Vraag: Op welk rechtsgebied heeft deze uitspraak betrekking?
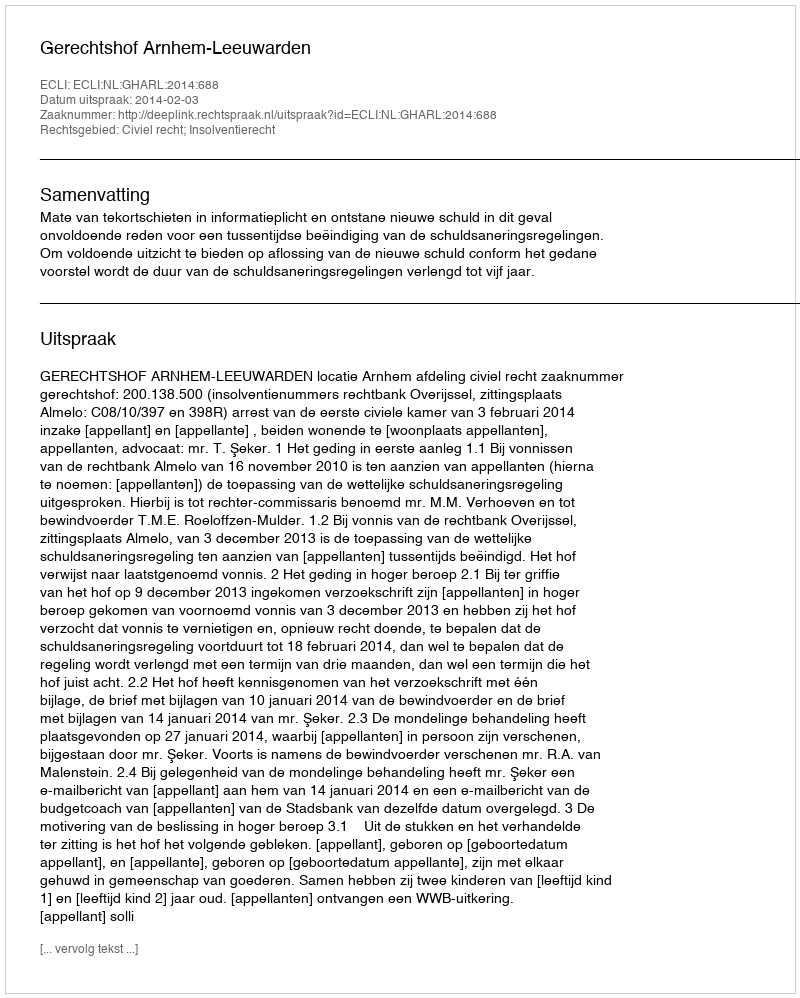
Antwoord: Civiel recht; Insolventierecht